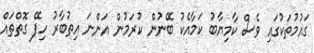
ގައުމުތަކުގައި ވެސް ކާމިޔާބު ކަމާއެކު ބޭނުން ކުރަމުން އަންނަ އިތުބާރު ހިފޭ ގޮތްތައް